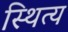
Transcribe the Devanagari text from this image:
स्थित्य